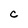
Character: C